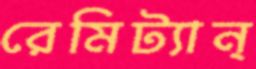
রেমিট্যান্